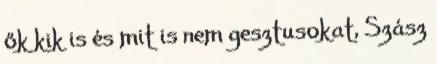
ők kik is és mit is nem gesztusokat, Szász